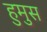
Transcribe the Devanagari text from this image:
हुमुस